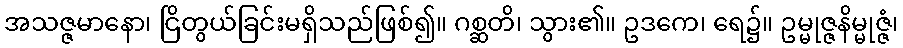
အသဇ္ဇမာနော၊ ငြိတွယ်ခြင်းမရှိသည်ဖြစ်၍။ ဂစ္ဆတိ၊ သွား၏။ ဥဒကေ၊ ရေ၌။ ဥမ္မုဇ္ဇနိမ္မုဇ္ဇံ၊